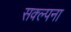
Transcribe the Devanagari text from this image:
सक्ल्पना